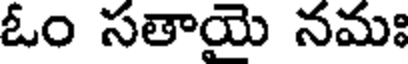
ఓం సతాయె నమః